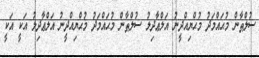
ސުލްޠާން މުޙައްމަދު މުޙްޔިއްދީނު އަލްޢާދިލު ސުލްޠާން މުޙައްމަދު މުޙްޔިއްދީނު އަލްޢާދިލު އަކީ އަކީ